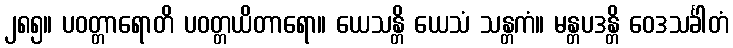
၂၈၅။ ပဝတ္တာရောတိ ပဝတ္တယိတာရော။ ယေသန္တိ ယေသံ သန္တကံ။ မန္တပဒန္တိ ဝေဒသင်္ခါတံ